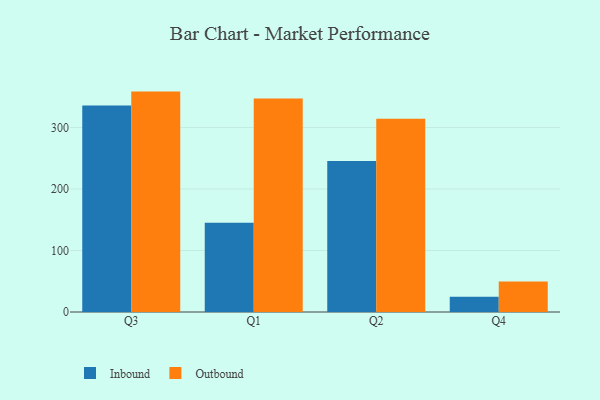
{"axis": {"x": "Quarter", "y": "Operating Costs (USD K)"}, "legend": ["Inbound", "Outbound"], "data": [{"x": "Q3", "y": 335.8, "type": "Inbound"}, {"x": "Q3", "y": 358.4, "type": "Outbound"}, {"x": "Q1", "y": 145.2, "type": "Inbound"}, {"x": "Q1", "y": 347.1, "type": "Outbound"}, {"x": "Q2", "y": 245.5, "type": "Inbound"}, {"x": "Q2", "y": 314.2, "type": "Outbound"}, {"x": "Q4", "y": 25.0, "type": "Inbound"}, {"x": "Q4", "y": 49.8, "type": "Outbound"}]}